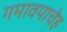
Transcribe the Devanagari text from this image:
गमावयाचेह